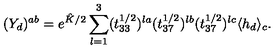
( Y _ { d } ) ^ { a b } = e ^ { \hat { K } / 2 } \sum _ { l = 1 } ^ { 3 } ( t _ { 3 3 } ^ { 1 / 2 } ) ^ { l a } ( t _ { 3 7 } ^ { 1 / 2 } ) ^ { l b } ( t _ { 3 7 } ^ { 1 / 2 } ) ^ { l c } \langle h _ { d } \rangle _ { c } .